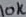
Text: 10K